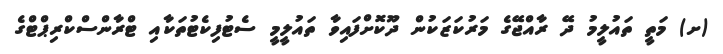
(ށ) މަތީ ތައުލީމު ދޭ ރާއްޖޭގެ މަރުކަޒަކުން ދޫކޮށްފައިވާ ތައުލީމީ ސެޓުފިކެޓުތަކާއި ޓްރާންސްކްރިޕްޓްގެ